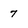
Character: 7